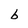
Character: b